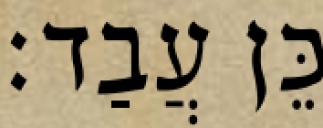
כֵּן עֲבַד׃